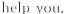
help you.